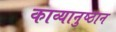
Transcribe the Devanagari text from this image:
काव्यानुष्ठान